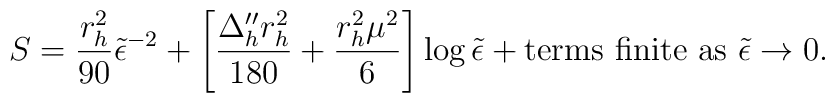
S=\frac {r_{h}^{2}}{90} {\tilde {\epsilon }}^{-2}+\left[\frac {\Delta _{h}''r_{h}^{2}}{180} +\frac {r_{h}^{2} \mu ^{2}}{6} \right] \log {\tilde {\epsilon }} +{\mbox {terms finite as }} {\tilde {\epsilon }} \rightarrow 0.